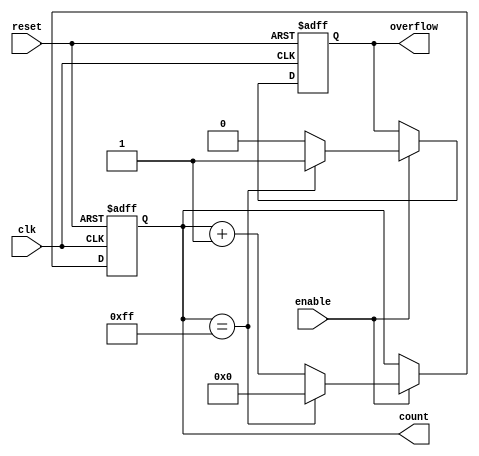
module pulse_counter #(
    parameter WIDTH = 8  // Configurable width of the counter (8-bit, 16-bit, etc.)
) (
    input wire clk,            // Pulse Signal
    input wire enable,         // Count Enable
    input wire reset,          // Asynchronous Reset
    output reg [WIDTH-1:0] count = 0, // Count Value
    output reg overflow = 0    // Overflow flag
);

    // Always block for counting logic
    always @(posedge clk or posedge reset) begin
        if (reset) begin
            count <= 0;         // Reset the counter to zero
            overflow <= 0;      // Clear overflow flag
        end
        else if (enable) begin
            if (count == {WIDTH{1'b1}}) begin  // Check for maximum value (all 1s)
                overflow <= 1;  // Set overflow flag on reaching maximum
                count <= 0;     // Reset the count on overflow (wrap around)
            end
            else begin
                count <= count + 1; // Increment the counter
                overflow <= 0;  // Clear overflow flag if not at maximum
            end
        end
    end

endmodule